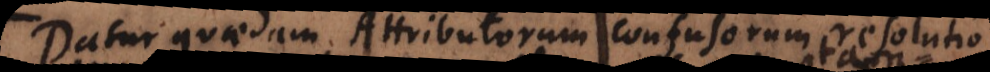
Datur quaedam Attributorum confusorum resolutio